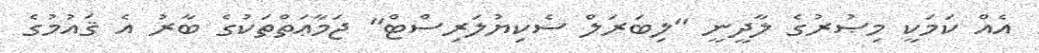
އެއް ކަމަކީ މިޞުރުގެ ލާދީނީ "ލިބަރަލް ސެކިޔުލަރިސްޓް" ޖަމާޢަތްތަކުގެ ބާރު އެ ޤައުމުގެ